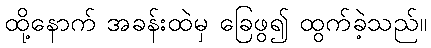
ထို့နောက် အခန်းထဲမှ ခြေဖွ၍ ထွက်ခဲ့သည်။